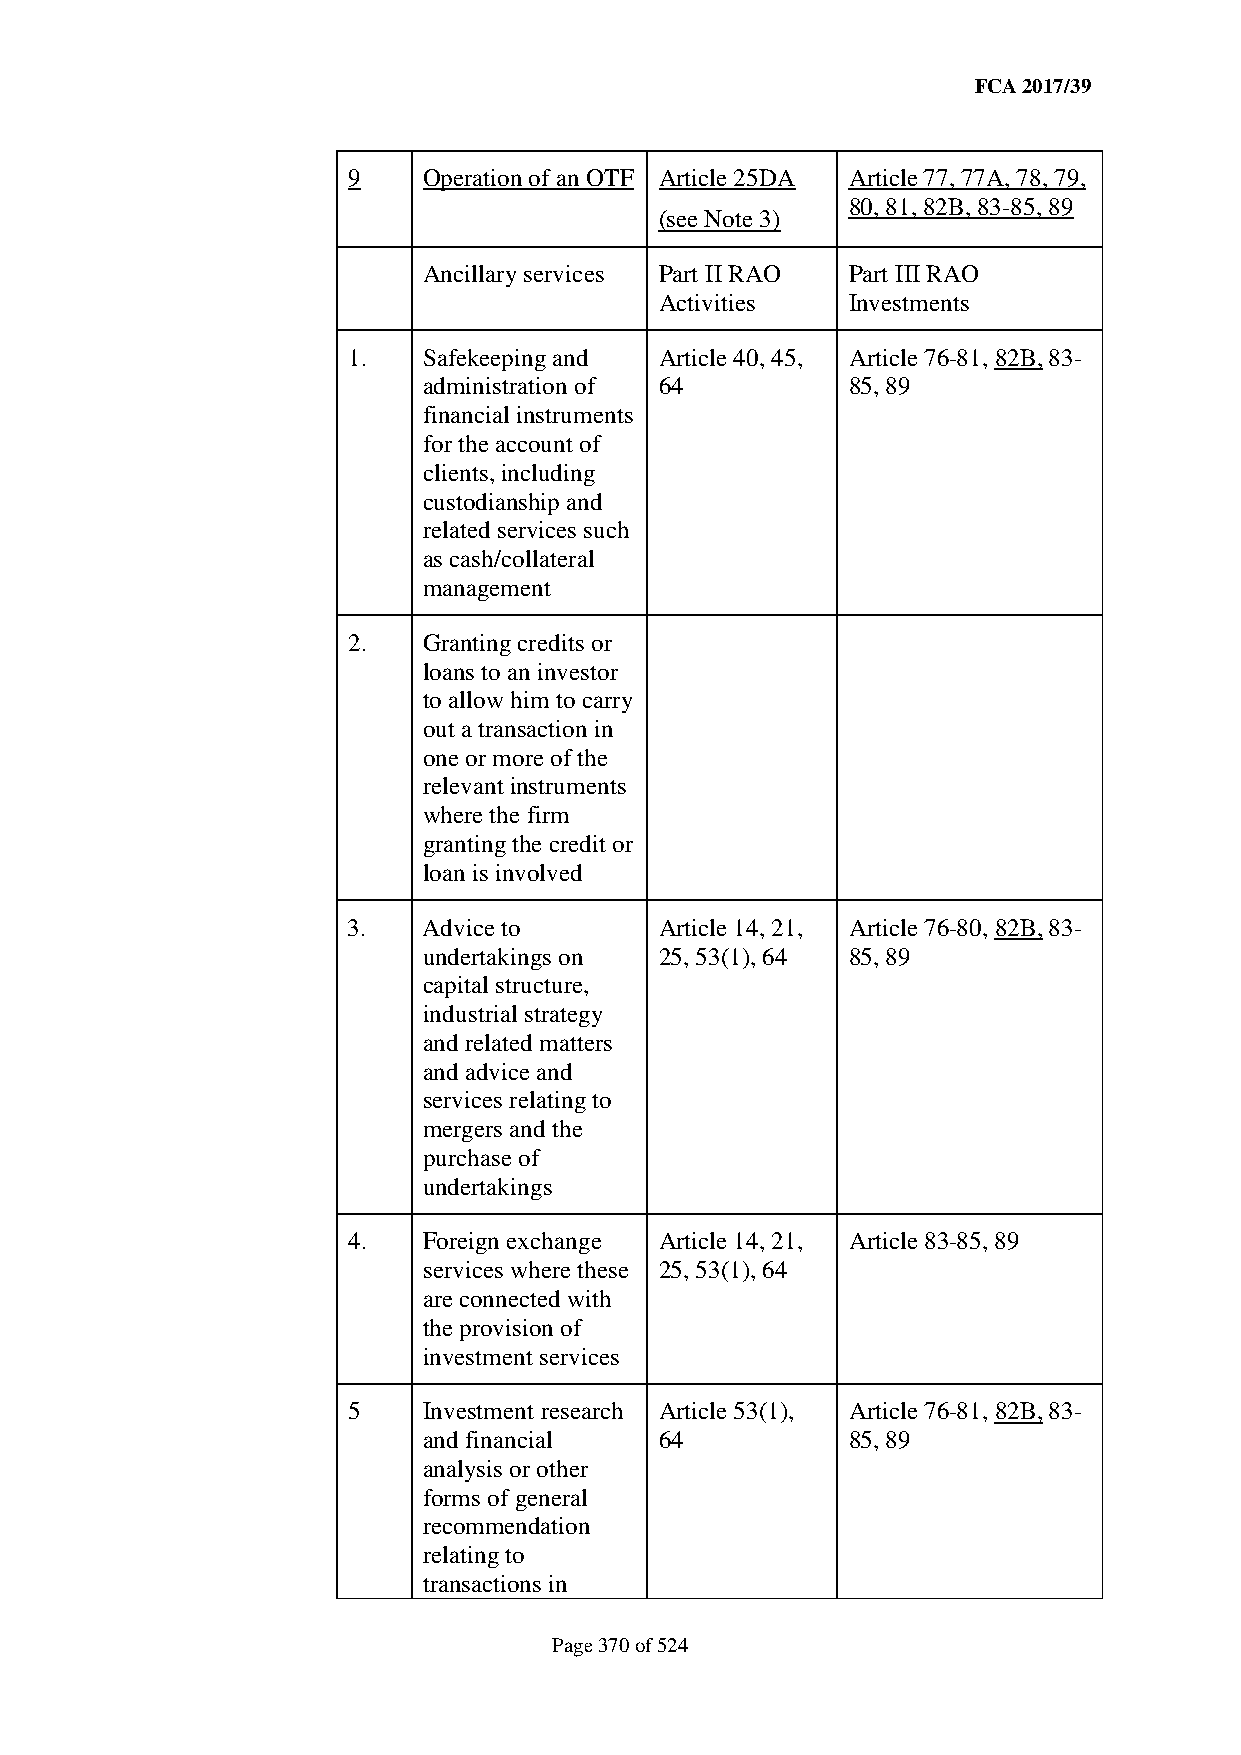
FCA 2017/39
 9    Operation of an OTF Article 25DA Article 77, 77A, 78, 79,
 80, 81, 82B, 83-85, 89
 (see Note 3)
 Ancillary services Part II RAO Part III RAO
 Activities  Investments
 1.   Safekeeping and Article 40, 45, Article 76-81, 82B, 83-
 administration of 64        85, 89
 financial instruments
 for the account of
 clients, including
 custodianship and
 related services such
 as cash/collateral
 management
 2.   Granting credits or
 loans to an investor
 to allow him to carry
 out a transaction in
 one or more of the
 relevant instruments
 where the firm
 granting the credit or
 loan is involved
 3.   Advice to       Article 14, 21, Article 76-80, 82B, 83-
 undertakings on 25, 53(1), 64 85, 89
 capital structure,
 industrial strategy
 and related matters
 and advice and
 services relating to
 mergers and the
 purchase of
 undertakings
 4.   Foreign exchange Article 14, 21, Article 83-85, 89
 services where these 25, 53(1), 64
 are connected with
 the provision of
 investment services
 5    Investment research Article 53(1), Article 76-81, 82B, 83-
 and financial   64          85, 89
 analysis or other
 forms of general
 recommendation
 relating to
 transactions in
 Page 370 of 524